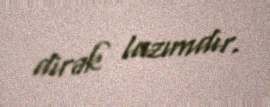
dirək lazımdır.